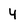
Character: 4